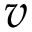
\boldsymbol { v }